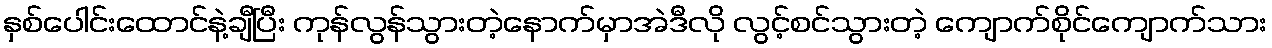
နှစ်ပေါင်းထောင်နဲ့ချီပြီး ကုန်လွန်သွားတဲ့နောက်မှာအဲဒီလို လွင့်စင်သွားတဲ့ ကျောက်စိုင်ကျောက်သား